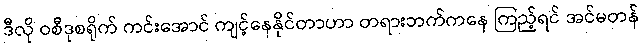
ဒီလို ဝစီဒုစရိုက် ကင်းအောင် ကျင့်နေနိုင်တာဟာ တရားဘက်ကနေ ကြည့်ရင် အင်မတန်